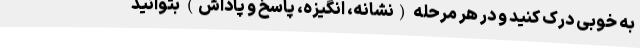
به خوبی درک کنید و در هر مرحله (نشانه، انگیزه، پاسخ و پاداش) بتوانید